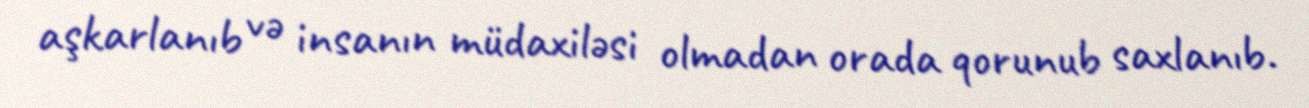
aşkarlanıb və insanın müdaxiləsi olmadan orada qorunub saxlanıb.